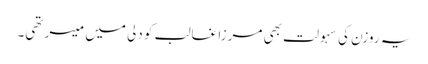
یہ روزن کی سہولت بھی مرزا غالب کو دلی میں میسر تھی۔